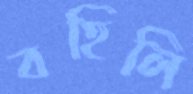
বহিলি